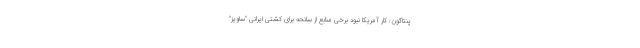
پنتاگون: کار آمریکا نبود برخی منابع از سانحه برای کشتی ایرانی "ساویز"